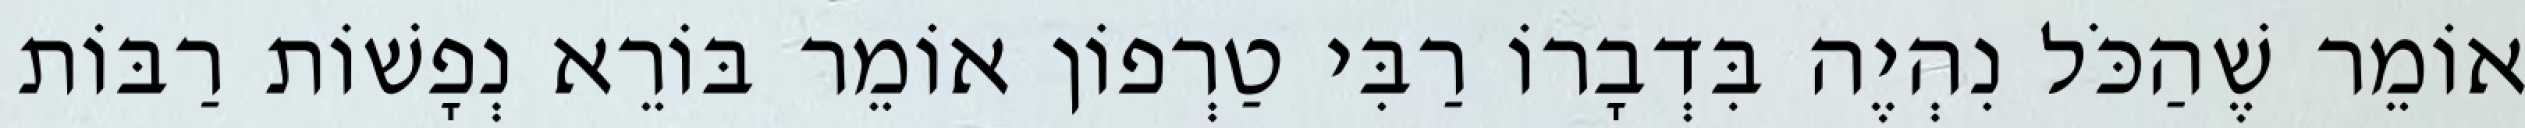
אוֹמֵר שֶׁהַכֹּל נִהְיֶה בִּדְבָרוֹ רַבִּי טַרְפוֹן אוֹמֵר בּוֹרֵא נְפָשׁוֹת רַבּוֹת